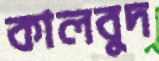
কালবুদ